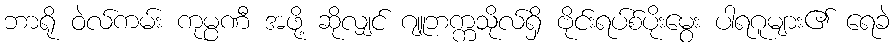
ဘာရို ဝဲလ်ကမ်း ကုမ္ပဏီ အဖို့ ဆိုလျှင် ဂျူဘက္ကသိုလ်ရှိ ဗိုင်းရပ်စ်ပိုးမွေး ပါရဂူများ၏ ရေခဲ